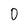
Character: 0